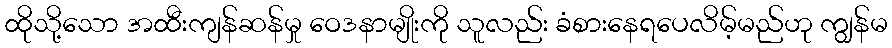
ထိုသို့သော အထီးကျန်ဆန်မှု ဝေဒနာမျိုးကို သူလည်း ခံစားနေရပေလိမ့်မည်ဟု ကျွန်မ